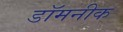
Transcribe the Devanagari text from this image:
डॉमनीक